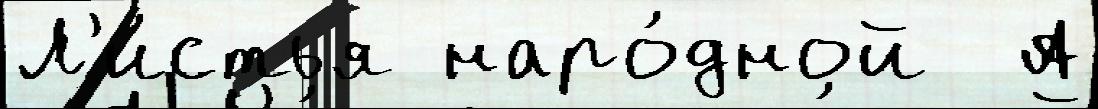
Л'и́стья наро́дной  А